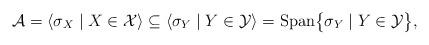
LaTeX: \begin{align*}\mathcal{A} = \langle\sigma_X \mid X\in\mathcal{X} \rangle \subseteq \langle \sigma_Y \mid Y\in\mathcal{Y} \rangle = \mathrm{Span}\big\{\sigma_Y \mid Y\in\mathcal{Y}\big\},\end{align*}